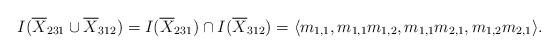
LaTeX: \begin{align*}I(\overline{X}_{231} \cup \overline{X}_{312})=I(\overline{X}_{231})\cap I(\overline{X}_{312})=\langle m_{1,1}, m_{1,1}m_{1,2}, m_{1,1}m_{2,1}, m_{1,2}m_{2,1} \rangle.\end{align*}